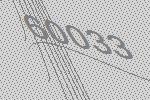
60033